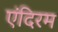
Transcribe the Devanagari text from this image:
एंदिरम